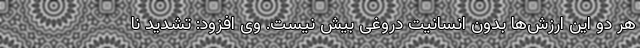
هر دو این ارزش‌ها بدون انسانیت دروغی بیش نیست. وی افزود: تشدید نا